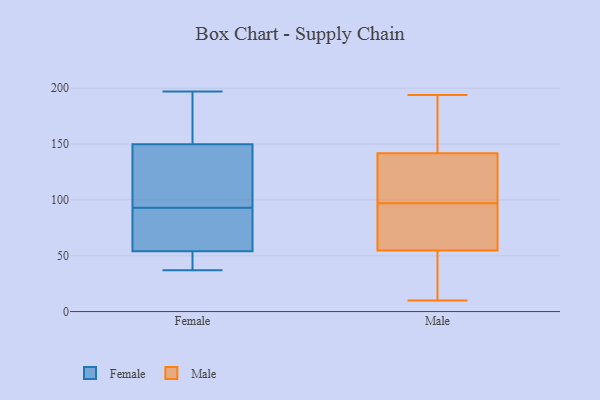
{"axis": {"x": "Production Output", "y": "Value"}, "legend": ["Female", "Male"], "data": [{"x": "", "y": 54, "type": "Female"}, {"x": "", "y": 113, "type": "Female"}, {"x": "", "y": 38, "type": "Female"}, {"x": "", "y": 93, "type": "Female"}, {"x": "", "y": 161, "type": "Female"}, {"x": "", "y": 146, "type": "Female"}, {"x": "", "y": 48, "type": "Female"}, {"x": "", "y": 152, "type": "Female"}, {"x": "", "y": 42, "type": "Female"}, {"x": "", "y": 149, "type": "Female"}, {"x": "", "y": 37, "type": "Female"}, {"x": "", "y": 150, "type": "Female"}, {"x": "", "y": 54, "type": "Female"}, {"x": "", "y": 140, "type": "Female"}, {"x": "", "y": 74, "type": "Female"}, {"x": "", "y": 73, "type": "Female"}, {"x": "", "y": 167, "type": "Female"}, {"x": "", "y": 197, "type": "Female"}, {"x": "", "y": 80, "type": "Female"}, {"x": "", "y": 111, "type": "Male"}, {"x": "", "y": 18, "type": "Male"}, {"x": "", "y": 97, "type": "Male"}, {"x": "", "y": 107, "type": "Male"}, {"x": "", "y": 79, "type": "Male"}, {"x": "", "y": 50, "type": "Male"}, {"x": "", "y": 156, "type": "Male"}, {"x": "", "y": 157, "type": "Male"}, {"x": "", "y": 66, "type": "Male"}, {"x": "", "y": 51, "type": "Male"}, {"x": "", "y": 194, "type": "Male"}, {"x": "", "y": 152, "type": "Male"}, {"x": "", "y": 101, "type": "Male"}, {"x": "", "y": 69, "type": "Male"}, {"x": "", "y": 10, "type": "Male"}]}